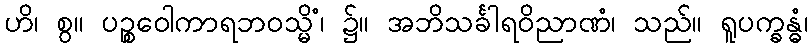
ဟိ၊ စွ။ ပဉ္စဝေါကာရဘဝသ္မိံ၊ ၌။ အဘိသင်္ခါရဝိညာဏံ၊ သည်။ ရူပက္ခန္ဓံ၊